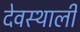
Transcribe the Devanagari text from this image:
देवस्थाली